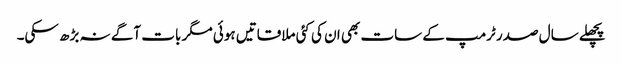
پچھلے سال صدر ٹرمپ کے سات بھی ان کی کئی ملاقاتیں ہوئی مگر بات آگے نہ بڑھ سکی۔